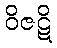
ဝိဇဋိ